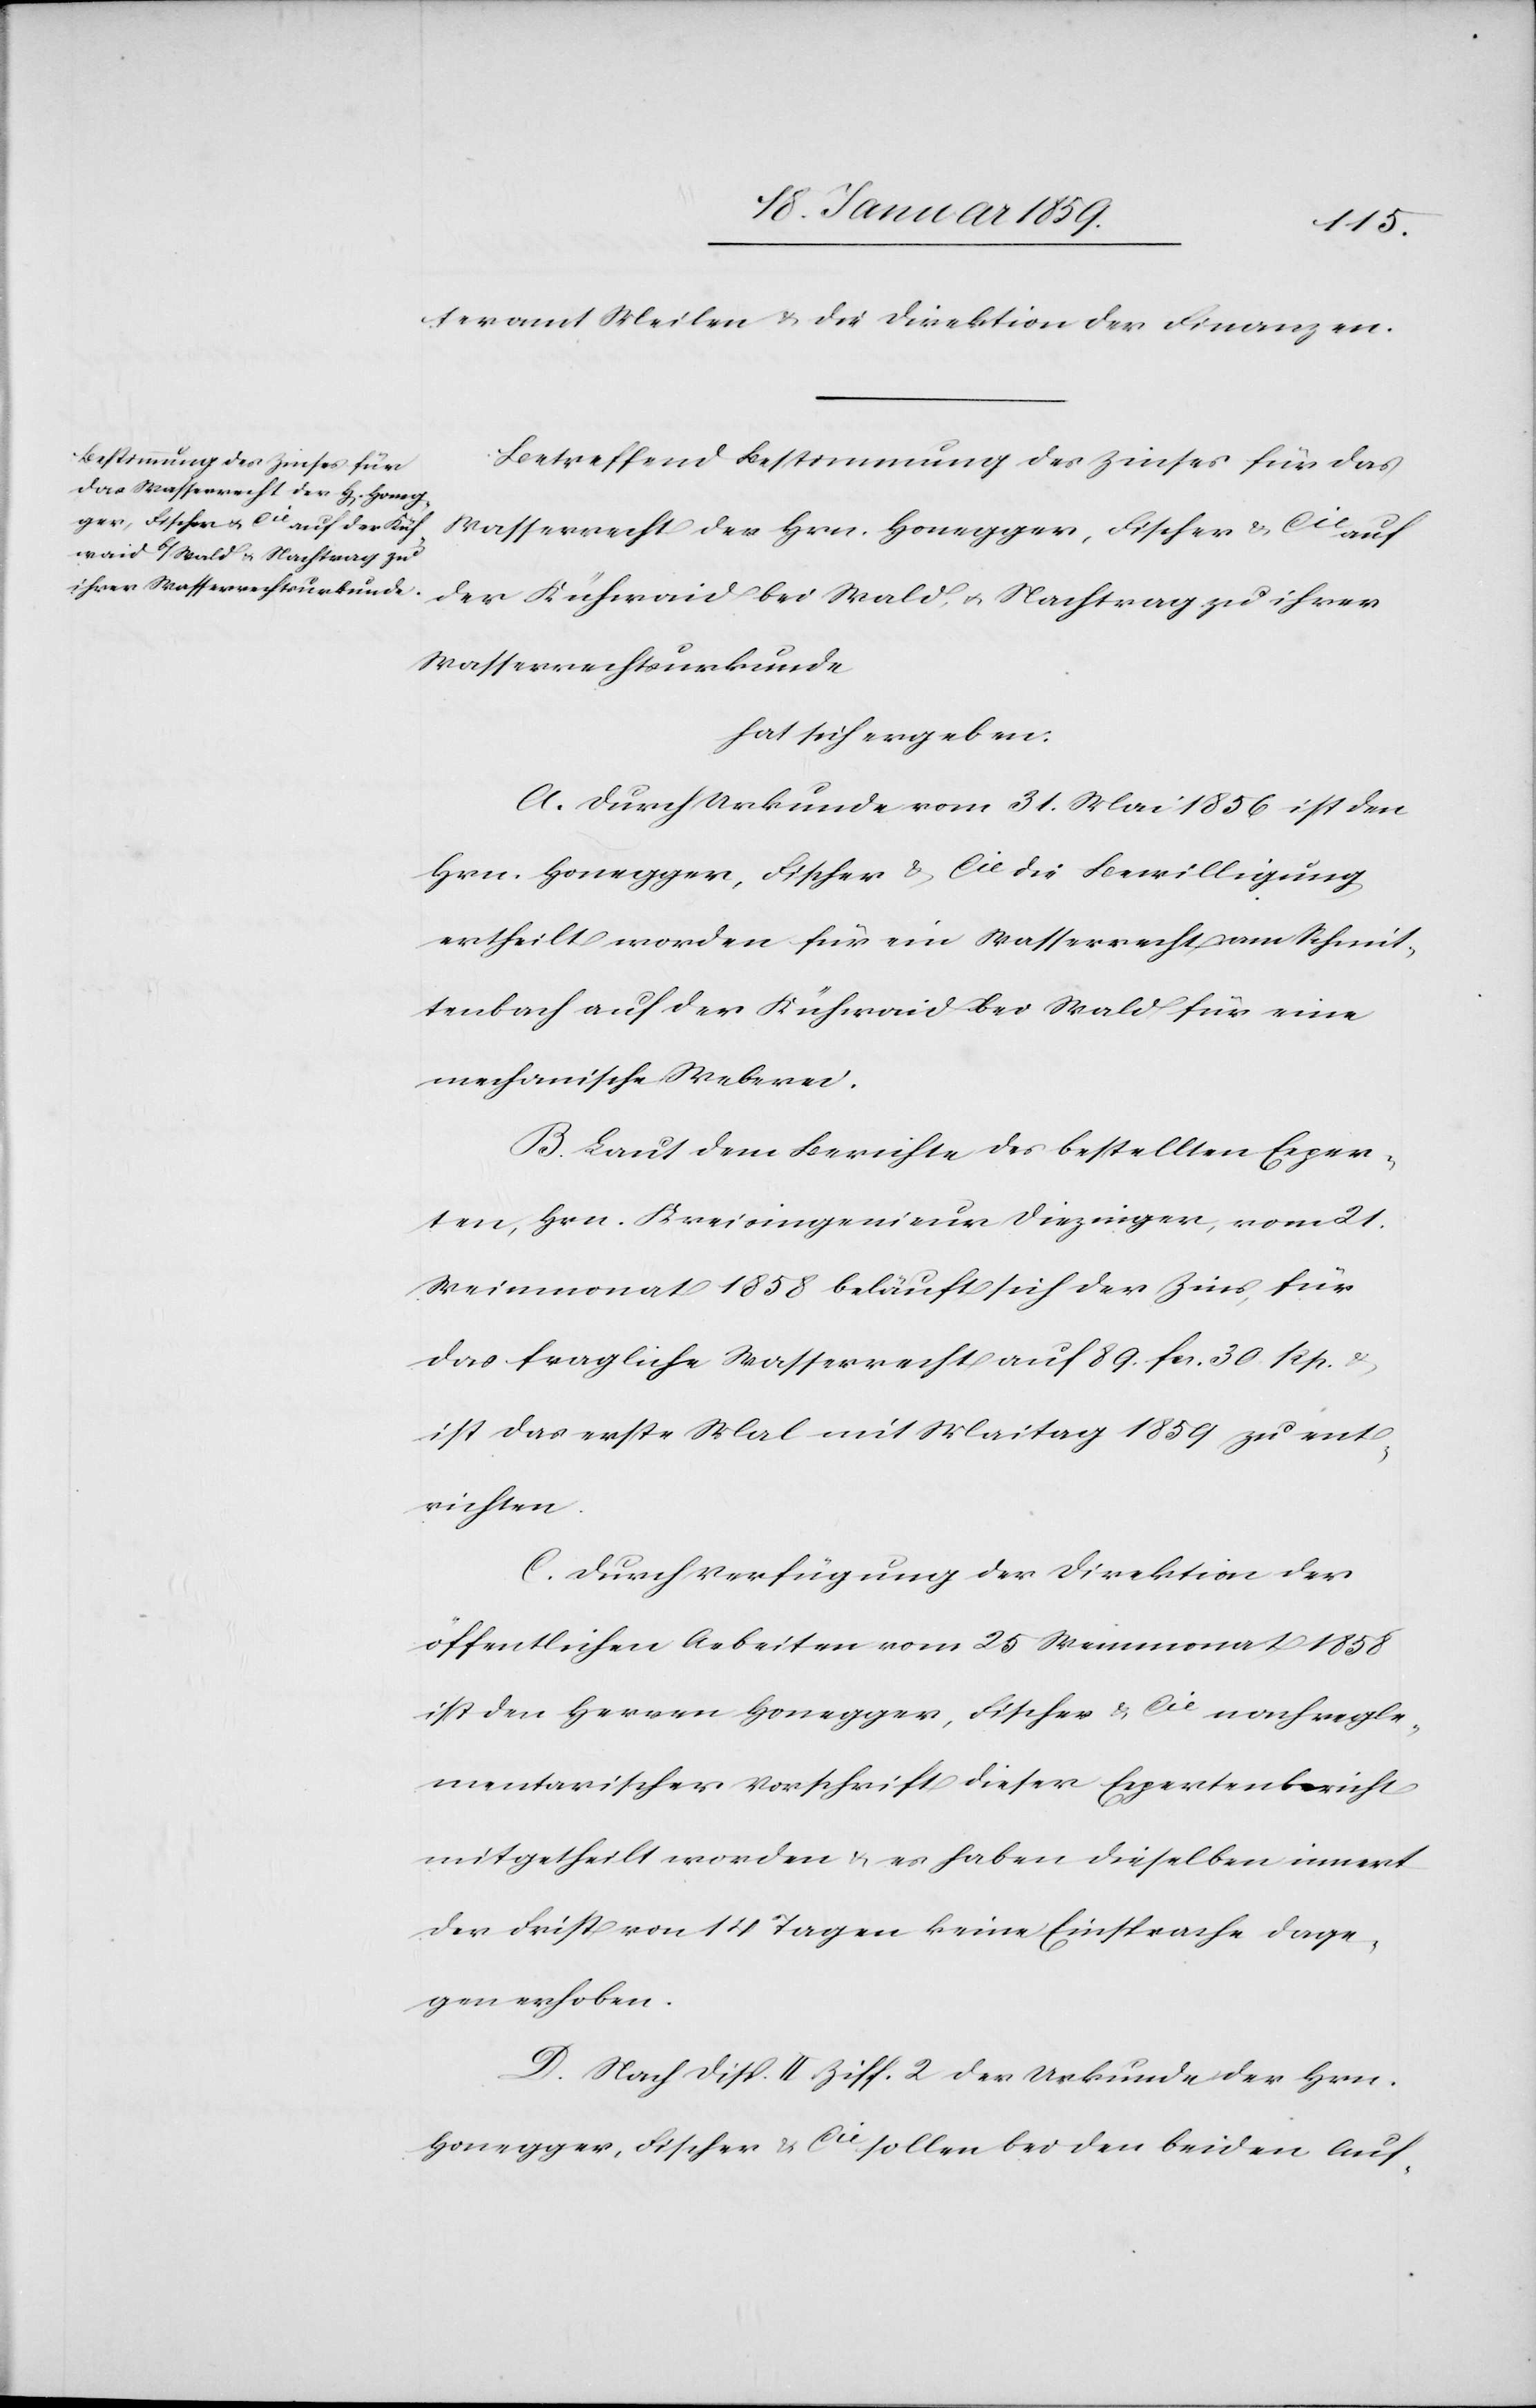
teramt Meilen & die Direktion der Finanzen.
Betreffend Bestimmung des Zinses für das
Wasserrecht der Hrn. Honegger, Fischer & Cie auf
bei Wald, u. Nachtrag zu
Wasserrechtsurkunde
hat sich ergeben:
A. Durch Urkunde vom 31. Mai 1856 ist den
Hrn. Honegger, Fischer & Cie die Bewilligung
ertheilt worden für ein Wasserrecht am Schmit¬
tenbach auf der Kühwaid bei Wald für eine
mechanische Weberei.
B. Laut dem Berichte des bestellten Exper¬
ten, Hrn. Kreisingenieur Diezinger, vom 21.
Weinmonat 1858 beläuft sich der Zins, für
das fragliche Wasserrecht auf 89. fcs. 30. Rp.
ist das erste Mal mit Maitag 1859 zu ent¬
richten.
C. Durch Verfügung der Direktion der
öffentlichen Arbeiten vom 25 Weinmonat 1858
ist den Herren Honegger, Fischer & Cie nach regle¬
mentarischer Vorschrift dieser Expertenbericht
mitgetheilt worden & es haben dieselben innert
der Frist von 14 Tagen keine Einsprache dage¬
gen erhoben.
D. Nach Disp. II. Ziff. 2 der Urkunde der Hrn.
Honegger, Fischer & Cie sollen bei den beiden Auf-